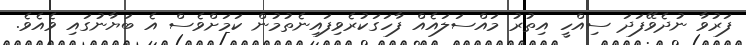
ފަރުވާ ނުދެވޭފަދަ ސިއްހީ އިތުރު މައްސަލައެއް ފާހަގަކުރެވިފައިނެތުމުން ކަމަށްވެސް އެ ބަޔާނުގައި ވެއެވެ.